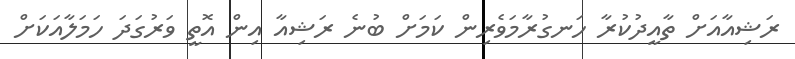
ރަޝިއާއަށް ތާއީދުކުރާ ހަނގުރާމަވެރިން ކަމަށް ބުނެ ރަޝިއާ އިން އޮތީ ވަރުގަދަ ހަމަލާއަކަށް